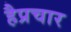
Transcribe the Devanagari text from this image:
हैप्रचार